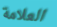
العلامة